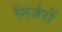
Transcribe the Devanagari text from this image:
निर्जरों